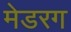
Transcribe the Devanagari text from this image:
मेडरग